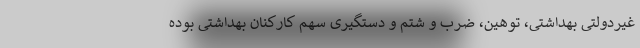
غیردولتی بهداشتی، توهین، ضرب و شتم و دستگیری سهم کارکنان بهداشتی بوده